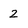
Character: 2